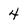
Character: 4